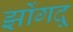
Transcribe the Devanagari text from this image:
झोंगदू